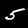
Digit: 5